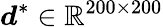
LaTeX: \boldsymbol{d}^{*}\in\mathbb{R}^{200\times 200}